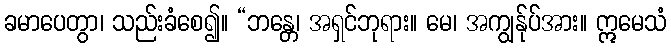
ခမာပေတွာ၊ သည်းခံစေ၍။ “ဘန္တေ၊ အရှင်ဘုရား။ မေ၊ အကျွန်ုပ်အား။ ဣမေသံ